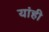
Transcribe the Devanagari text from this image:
यांही